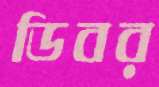
ডিবর